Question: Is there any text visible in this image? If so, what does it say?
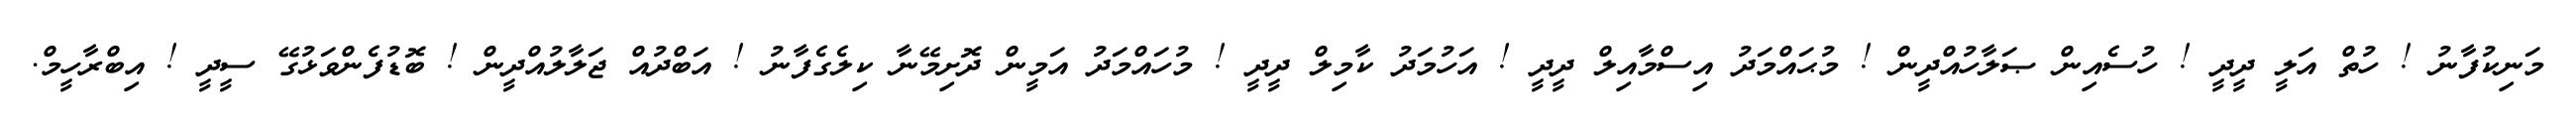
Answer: މަނިކުފާނު ! ހުތް އަލީ ދީދީ ! ހުސެއިން ޞަލާހުއްދީން ! މުޙައްމަދު އިސްމާއިލް ދީދީ ! އަހުމަދު ކާމިލް ދީދީ ! މުހައްމަދު އަމީން ދޮށިމޭނާ ކިލެގެފާނު ! އަބްދުއް ޖަލާލުއްދީން ! ބޮޑުފެންވަޅުގޭ ސީދީ ! އިބްރާހީމް.